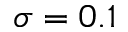
\sigma = 0 . 1